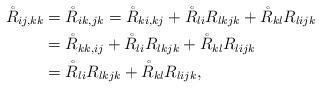
LaTeX: \begin{align*} \mathring{R}_{ij,kk}&=\mathring{R}_{ik,jk}=\mathring{R}_{ki,kj}+\mathring{R}_{li}R_{lkjk}+\mathring{R}_{kl}R_{lijk}\\&=\mathring{R}_{kk,ij}+\mathring{R}_{li}R_{lkjk}+\mathring{R}_{kl}R_{lijk}\\&=\mathring{R}_{li}R_{lkjk}+\mathring{R}_{kl}R_{lijk},\end{align*}